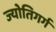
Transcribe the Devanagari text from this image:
ज्योतिगर्ग